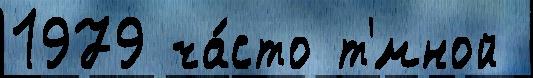
1979 ча́сто т'́мной